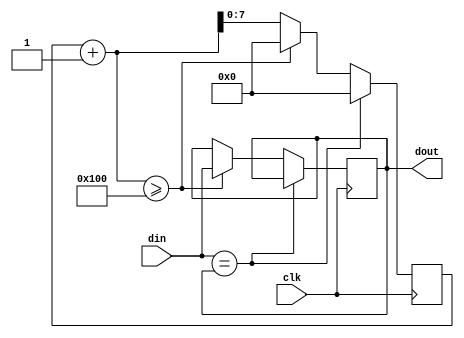
`timescale 1ns / 1ps

//////////////////////////////////////////////////////////////////////////////////
// Company: Digilent
//////////////////////////////////////////////////////////////////////////////////


module debouncer #(
    parameter DATA_WIDTH = 1,
    parameter NOISE_PERIOD = 256,
    parameter NOISE_PERIOD_CLOG2 = 8
) (
    input wire clk,
    input wire [DATA_WIDTH-1:0] din,
    output reg [DATA_WIDTH-1:0] dout = 0
);
    genvar i;
    generate for (i=0; i<DATA_WIDTH; i=i+1) begin : PER_BIT
        reg [NOISE_PERIOD_CLOG2-1:0] counter = 0;
        always@(posedge clk)
            if (din[i] == dout[i])
                counter <= 'b0;
            else if (counter + 1 >= NOISE_PERIOD) begin
                counter <= 'b0;
                dout[i] <= din[i];
            end else
                counter <= counter + 1;
    end endgenerate
endmodule